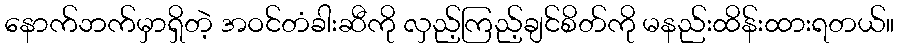
နောက်ဘက်မှာရှိတဲ့ အဝင်တံခါးဆီကို လှည့်ကြည့်ချင်စိတ်ကို မနည်းထိန်းထားရတယ်။